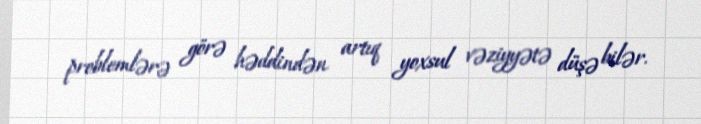
problemlərə görə həddindən artıq yoxsul vəziyyətə düşə bilər.